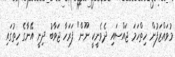
މުވައްޒަފުން ހިތްހަމަ ޖައްސައި ދެވެނީކީ ނޫން" ފަރަހާ ޖަވާބު ދިނީ އޭނާގެ ހިތުގައި